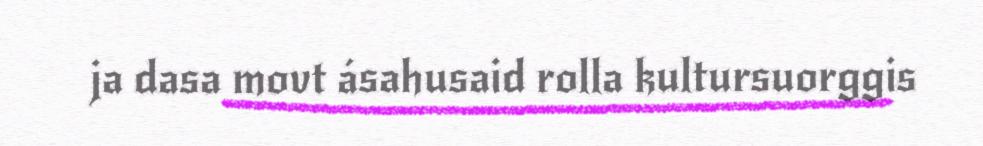
ja dasa movt ásahusaid rolla kultursuorggis